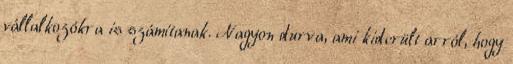
vállalkozókra is számítanak. Nagyon durva, ami kiderült arról, hogy